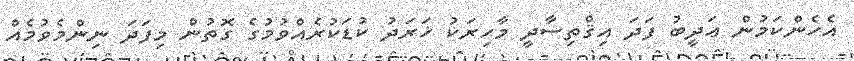
އެހެންކަމުން ޢަދީބު ފަދަ އިޤްތިސާދީ މާހިރަކު ޚަރަދު ކުޑަކުރެއްވުމުގެ ގޮތުން މިފަދަ ނިންމެވުމެއް